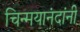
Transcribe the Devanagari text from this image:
चिन्मयानंदांनी